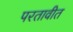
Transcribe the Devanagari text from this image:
परतावीत